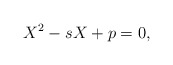
\begin{align*}X^2-s X + p=0,\end{align*}